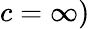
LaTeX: c=\infty)